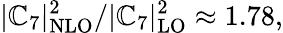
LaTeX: |{\cal\mathbb{C}}_{7}|_{\mathrm{{NLO}}}^{2}/|{\cal\mathbb{C}}_{7}|_{\mathrm{{LO}}}^{2}\approx1.78,